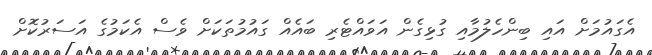
އެގައުމަށް އައި ބިންހެލުމާއި ގުޅިގެން އަވައްޓެރި ބައެއް ގައުމުތަކަށް ވެސް އެކަމުގެ އަސަރުކޮށް